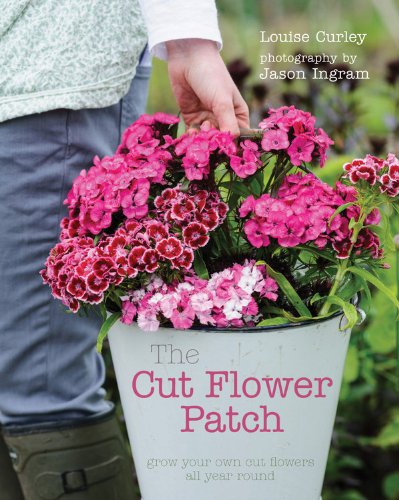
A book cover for The Cut Flower Patch: Grow your own cut flowers all year round; Louise Curley; Crafts, Hobbies & Home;